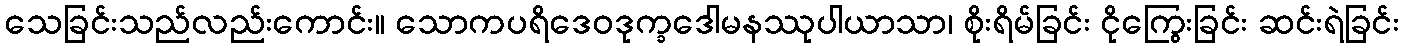
သေခြင်းသည်လည်းကောင်း။ သောကပရိဒေဝဒုက္ခဒေါမနဿုပါယာသာ၊ စိုးရိမ်ခြင်း ငိုကြွေးခြင်း ဆင်းရဲခြင်း